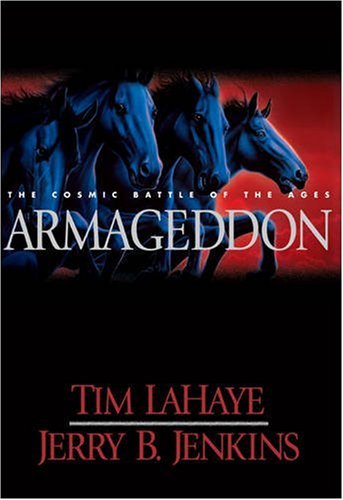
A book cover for Armageddon: The Cosmic Battle of the Ages (Left Behind #11); Tim F. LaHaye; Religion & Spirituality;